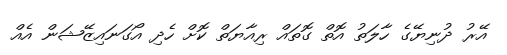
އޭރު ދުނިޔޭގެ ހާލަތު އޮތް ގޮތައް ރިއާޔަތް ކޮށް ހެދި އޯގަނައިޒޭޝަން އެއް